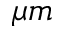
\mu m